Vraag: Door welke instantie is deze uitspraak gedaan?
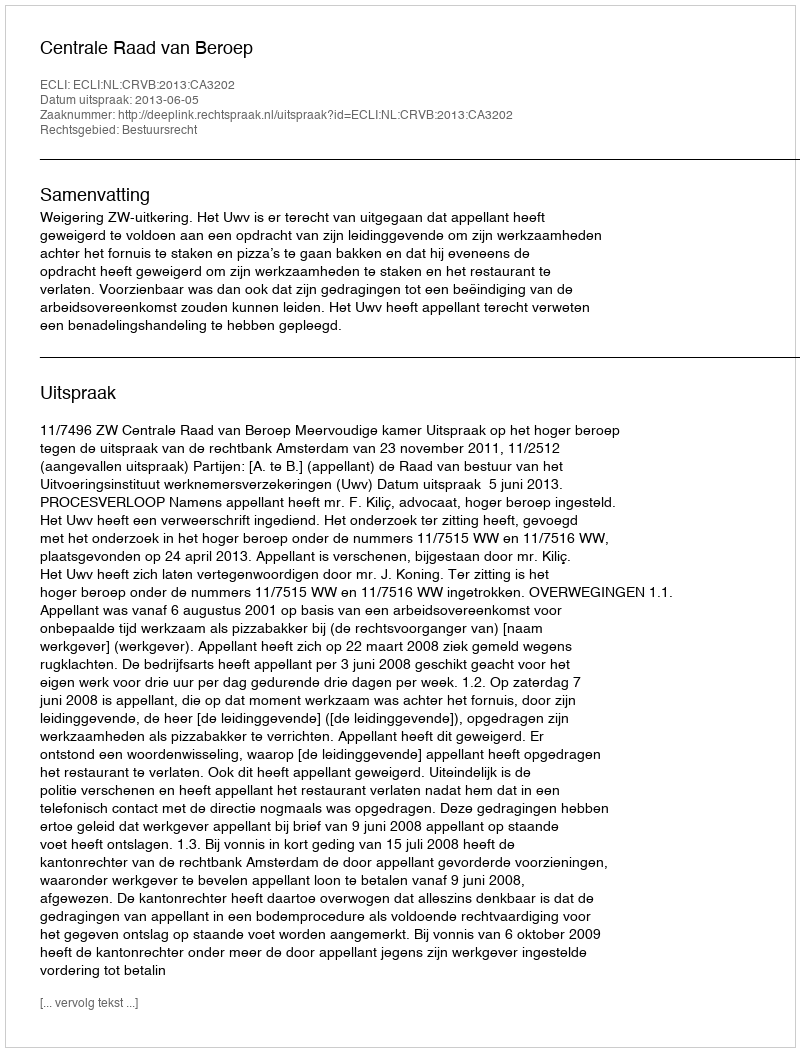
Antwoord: Centrale Raad van Beroep